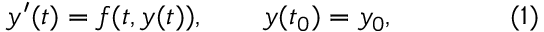
y ^ { \prime } ( t ) = f ( t , y ( t ) ) , \qquad y ( t _ { 0 } ) = y _ { 0 } , \qquad \qquad ( 1 )